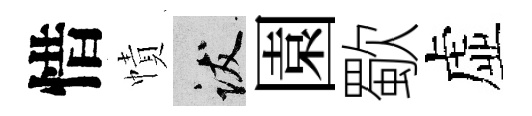
惜幘跋園歜虚